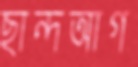
ছান্দআগ